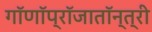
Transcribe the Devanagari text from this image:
गॉणॉप्रॉजातॉन्त्री